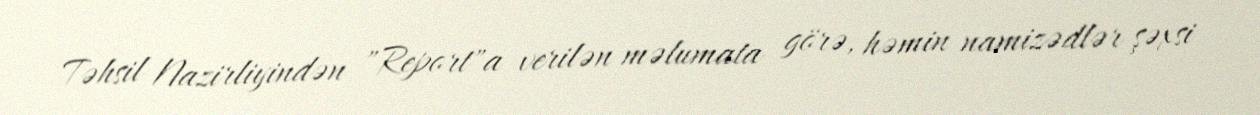
Təhsil Nazirliyindən "Report"a verilən məlumata görə, həmin namizədlər şəxsi